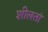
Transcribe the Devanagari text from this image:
शीलतां